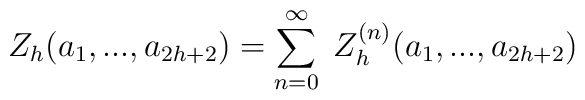
Z_h(a_1,...,a_{2h+2})=\sum_{n=0}^{\infty}\;Z_h^{(n)}(a_1,...,a_{2h+2})